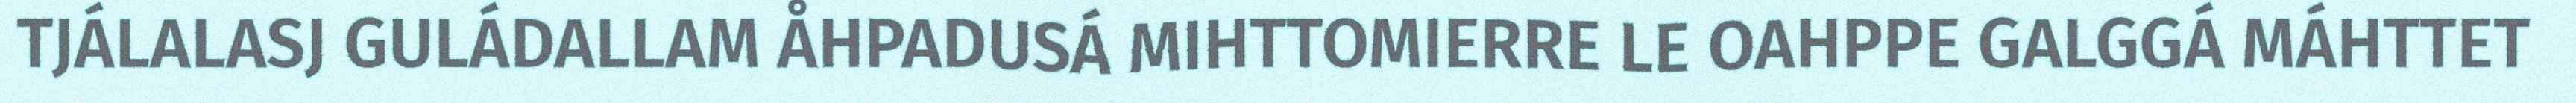
TJÁLALASJ GULÁDALLAM ÅHPADUSÁ MIHTTOMIERRE LE OAHPPE GALGGÁ MÁHTTET